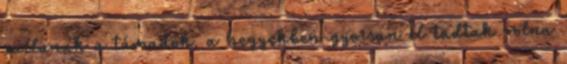
vallanak a támadók, a hegyekben gyorsan el tudtak volna